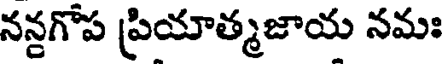
నన్దగోప ప్రియాత్మజాయ నమః